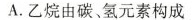
A.乙烷由碳、氢元素构成